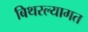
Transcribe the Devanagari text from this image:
बिथरल्यागत